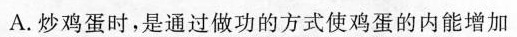
A.炒鸡蛋时，是通过做功的方式使鸡蛋的内能增加